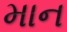
માન